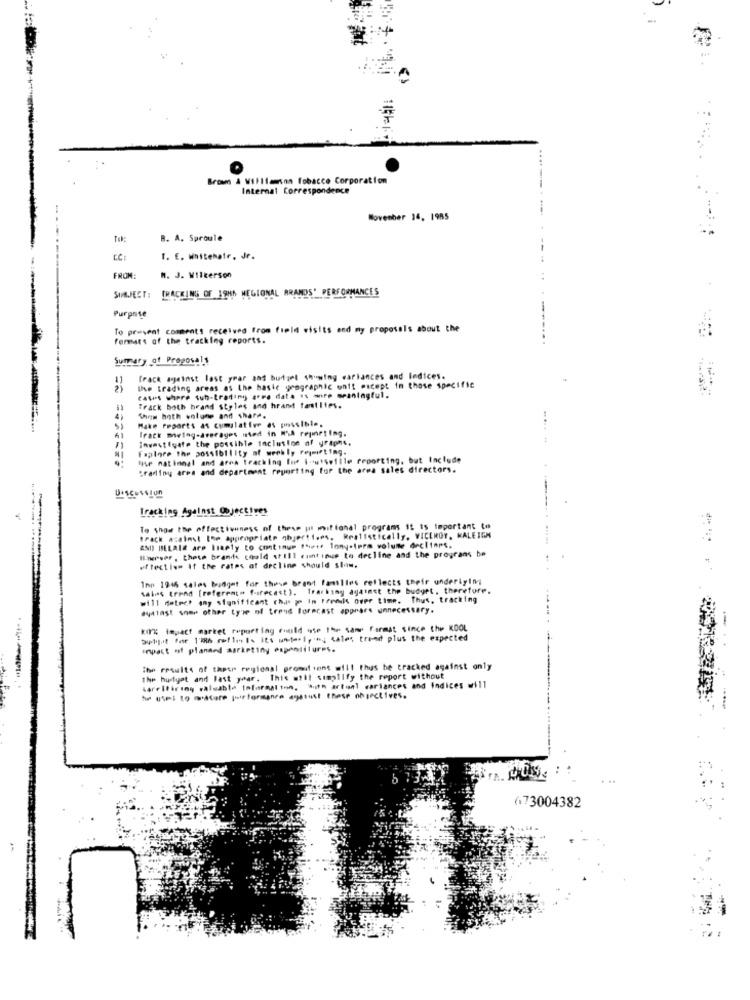
Browm & Williamson Tobacco Corporation
Internat Correspondence
November 14, 1985
Tw:
B. A. Sproule
CC:
I. E. whitehatr, Je.
FROM:
M. J. Wilkerson
TRACKING OF 39HA NEGIONAL BRANDS" PERFORMANCES
Purpose
To present comments received from field visits and my proposals about the
formars of the tracking reports.
Sumary of Proposals
Track against last year and budget showing variances and Indices.
Use trading areas as the basic geographic unit micept in those specific
cats where tuh-trading aree date is more meaningful.
Track both brand styles and hrand families.
Som both wolune and share.
Make Peparts as cumulative as possible.
Track meing-årsrages med in M'A reporting.
Investigate the possible inclusion of graphs.
Taplore the possibility of weekly reymirting.
the national and area tracking Ine i-wiseille reporting, but Include
:radiny area and department reporting for the area sales directors.
Discussion
Tracking Against Objectives
To show the effectiveness of these pit mit ional programs it is important to
die
track :aims: the appropriate qhjert1.es. Realistically, VICEROY, KALEIGH
AND BELAIR are likely to continue !hete lony-term volume decliart.
er . these branie could still continue to decline and the proyrans be
effectise If the rates af decline should slow.
Inn 1946 sales budget for these brand familles reflects their underlying
salas trend [referente forecast). Tracking against the budget, therefore.
will detect any significant chaps po In Fremiis over time. Thus, tracking
#uitast some other type of trend forecast appears unnecessary.
KIP'% impact market reporting could use the same farmat since the KOOL
awpt fe 1286 reflets its unterl,'h; sales trend plus the expected
impact of planand marketing expenditures.
The results of these regional promotiont will thus he tracked against only
the hutyet and last year. This athl simplify the report without
kareltiring valuable Information, with artisal variances and indices will
he uses to motore poir formance against these objectives.
673004382